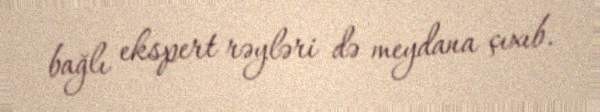
bağlı ekspert rəyləri də meydana çıxıb.